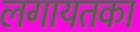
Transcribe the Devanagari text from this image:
लगायतका